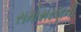
સમોસરણની